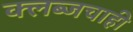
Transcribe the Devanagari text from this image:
क्लब्जचाही